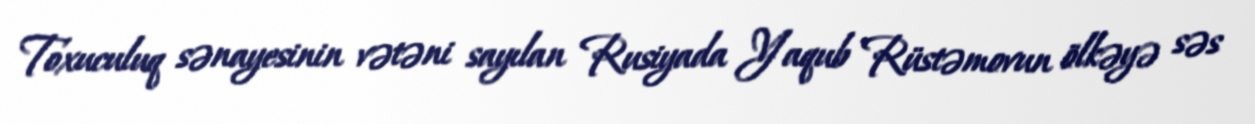
Toxuculuq sənayesinin vətəni sayılan Rusiyada Yaqub Rüstəmovun ölkəyə səs